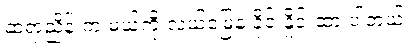
ဆရာညိန်းက မယ့်ကို လယ်မြေနဲ့ ခိုင်းနှိုင်းထားပါတယ်။